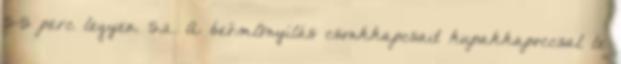
5-5 perc legyen. 5.2. A beömlõnyílás csonkkapcsait kupakkapoccsal le